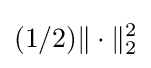
(1/2)\|\cdot \|_{2}^{2}